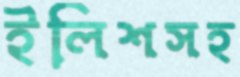
ইলিশসহ